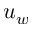
u _ { w }